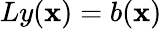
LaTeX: Ly(\mathbf{x})=b(\mathbf{x})